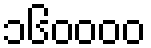
၁၆၀၀၀၀